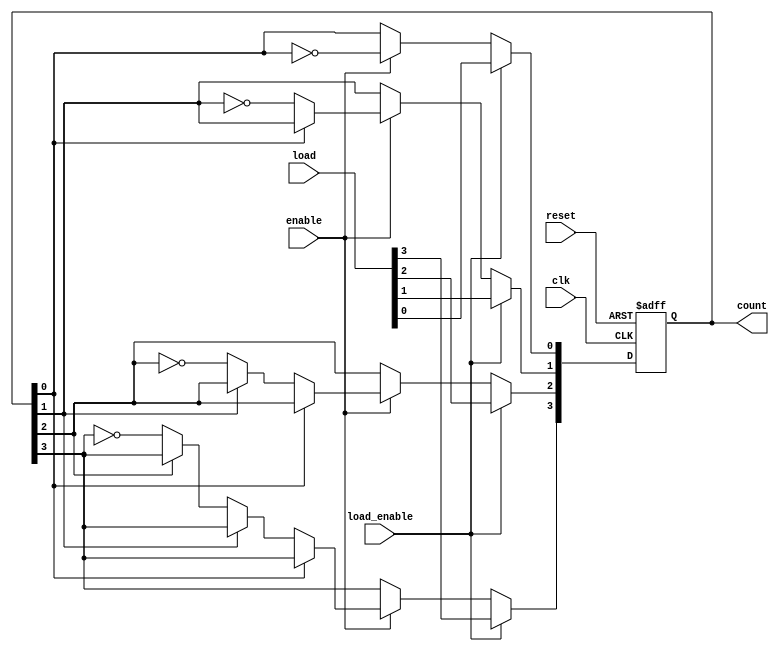
module async_counter #(
    parameter N = 4 // Parameter to set the width of the counter (N bits)
)(
    input wire clk,          // Clock signal
    input wire reset,        // Asynchronous reset signal
    input wire enable,       // Enable signal for counting
    input wire [N-1:0] load, // Input value to load into the counter
    input wire load_enable,   // Load enable signal
    output reg [N-1:0] count // Current count output
);

    // Asynchronous reset
    always @(posedge clk or posedge reset) begin
        if (reset) begin
            count <= 0; // Reset counter to 0
        end else if (load_enable) begin
            count <= load; // Load the specified value
        end else if (enable) begin
            // Counting logic
            count[0] <= ~count[0]; // Toggle LSB
            // Cascade toggling for higher bits
            if (~count[0]) begin
                count[1] <= ~count[1]; // Toggle 2nd bit when 1st bit goes from high to low
                if (~count[1]) begin
                    count[2] <= ~count[2]; // Toggle 3rd bit when 2nd bit goes from high to low
                    if (~count[2]) begin
                        count[3] <= ~count[3]; // Toggle 4th bit when 3rd bit goes from high to low
                        // Extend this pattern for more bits if N > 4
                        // Note: Add more if statements for higher bits as required
                    end
                end
            end
        end
    end

endmodule